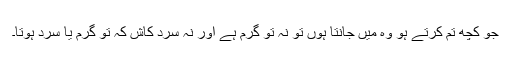
جو کچھ تم کرتے ہو وہ میں جانتا ہوں تو نہ تو گرم ہے اور نہ سرد کاش کہ تو گرم یا سرد ہوتا۔